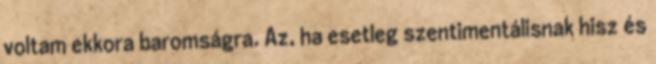
voltam ekkora baromságra. Az, ha esetleg szentimentálisnak hisz és